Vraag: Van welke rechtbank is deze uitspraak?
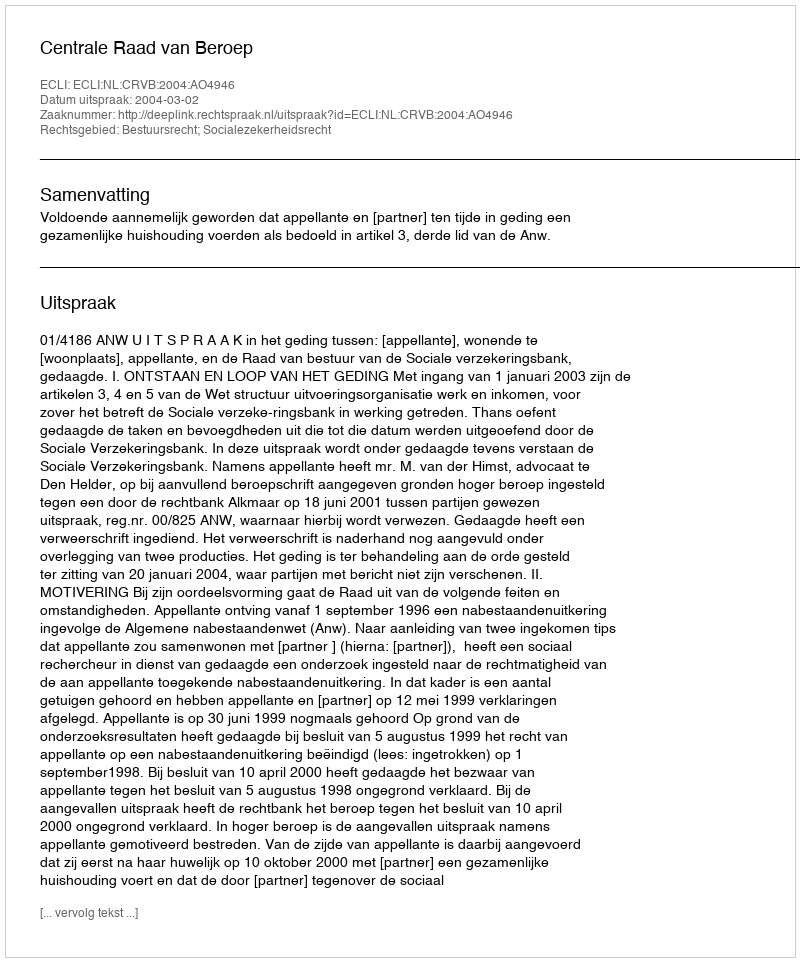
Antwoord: Centrale Raad van Beroep